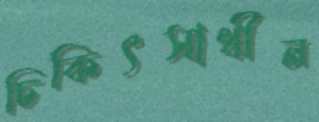
চিকিৎসাধীন